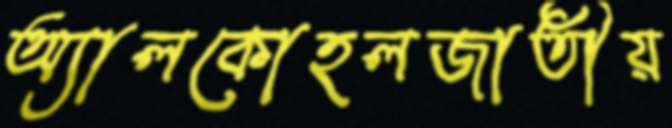
অ্যালকোহলজাতীয়